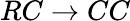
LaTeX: RC\to CC